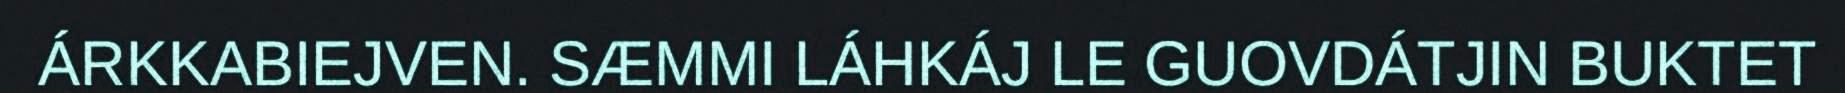
ÁRKKABIEJVEN. SÆMMI LÁHKÁJ LE GUOVDÁTJIN BUKTET